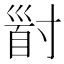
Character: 𡬹